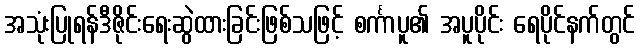
အသုံးပြုရန်ဒီဇိုင်းရေးဆွဲထားခြင်းဖြစ်သဖြင့် စင်္ကာပူ၏ အပူပိုင်း ရေပိုင်နက်တွင်